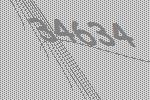
34634